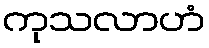
ကုသလာဟံ